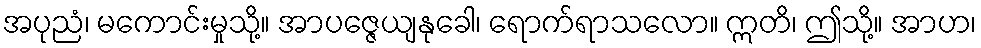
အပုညံ၊ မကောင်းမှုသို့။ အာပဇ္ဇေယျနုခေါ၊ ရောက်ရာသလော။ ဣတိ၊ ဤသို့။ အာဟ၊